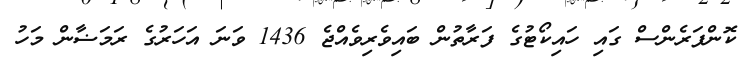
ކޮންފަރެންސް ގައި ހައިކޯޓުގެ ފަރާތުން ބައިވެރިވެއްޖެ 1436 ވަނަ އަހަރުގެ ރަމަޟާން މަހު